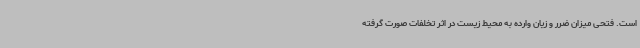
است. فتحی میزان ضرر و زیان وارده به محیط زیست در اثر تخلفات صورت گرفته